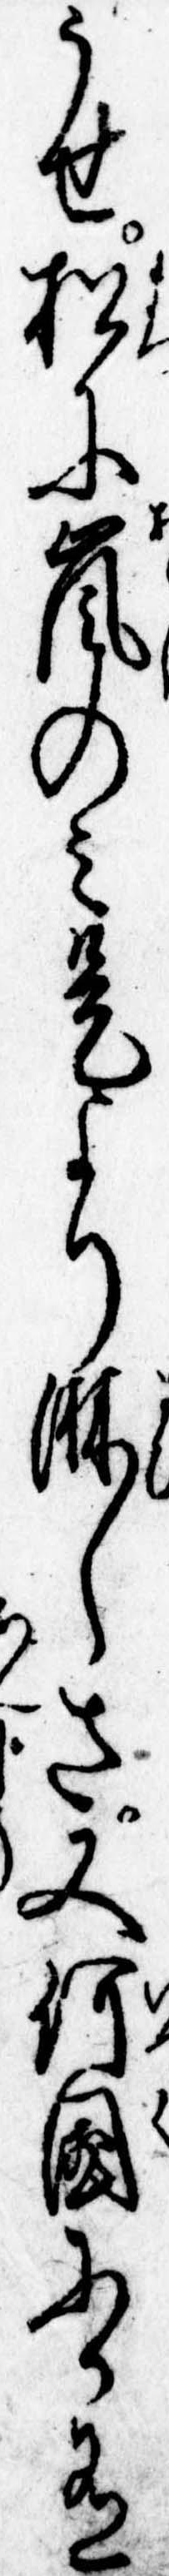
うせ松に嵐のみ是より淋しさ又何国にか有